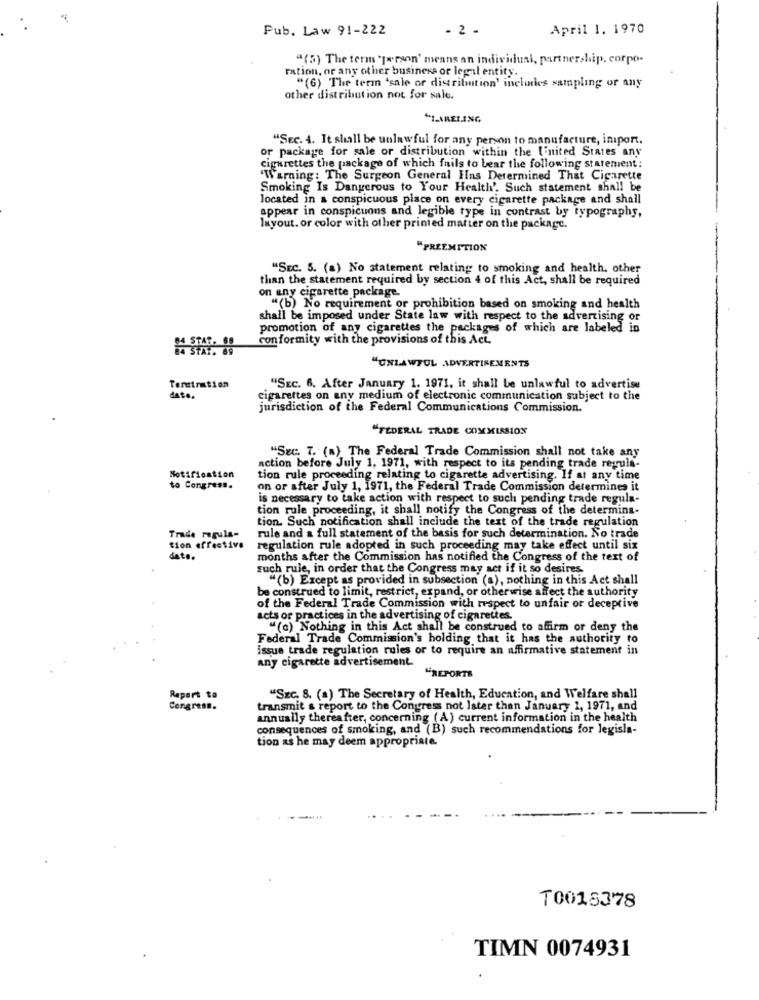
Pub. Law 91-222
- 2 -
April 1, 1970
"(5) The term person' means an individual, partnership, corpo-
ration, or any other business or legal entity.
"(6) The term "sale or distribution' includes sampling or any
other distribution not for sale.
"Sec. 4. It shall be unlawful for any person to manufacture, import.
or package for sale or distribution within the United States any
cigarettes the package of which fails to bear the following statement :
"Warning: The Surgeon General Hns Determined That Cigarette
Smoking Is Dangerous to Your Health'. Such statement shall be
located in a conspicuous place on every cigarette package and shall
appear in conspicuons and legible type in contrast by typography,
layout. or color with other printed matter on the package.
"PREEMPTION
"SEC. 5. (a) No statement relating to smoking and health. other
than the statement required by section 4 of this Act, shall be required
on any cigarette package.
"(b) No requirement or prohibition based on smoking and health
shall be imposed under State law with respect to the advertising or
promotion of any cigarettes the packages of which are labeled in
conformity with the provisions of this Act.
"UNLAWFUL ADVERTISEMENTS
Termination
"SEC. 6. After January 1. 1971, it shall be unlawful to advertise
date.
cigarettes on any medium of electronic communication subject to the
jurisdiction of the Federal Communications Commission.
"FEDERAL TRADE COMMISSION
"Sec. 7. (a) The Federal Trade Commission shall not take any
Notification
action before July 1. 1971, with respect to its pending trade regula-
tion rule proceeding relating to cigarette advertising. If at any time
to Congress.
on or after July 1, 1971, the Federal Trade Commission determines it
is necessary to take action with respect to such pending trade regula-
tion rule proceeding, it shall notify the Congress of the determina-
tion. Such notification shall include the text of the trade regulation
Trade regula-
rule and a full statement of the basis for such determination. No trade
tion effective
regulation rule adopted in such proceeding may take effect until six
dat ..
months after the Commission has notified the Congress of the text of
such rule, in order that the Congress may act if it so desires.
"(b) Except as provided in subsection (a), nothing in this Act shall
be construed to limit, restrict, expand, or otherwise affect the authority
of the Federal Trade Commission with respect to unfair or deceptive
acts or practices in the advertising of cigarettes.
"(c) Nothing in this Act shall be construed to affirm or deny the
Federal Trade Commission's holding that it has the authority to
issue trade regulation rules or to require an affirmative statement in
any cigarette advertisement.
"REPORTS
Repart to
"SEc. 8. (a) The Secretary of Health, Education, and Welfare shall
Congress.
transmit & report to the Congress not later than January 1, 1971, and
annually thereafter, concerning (A) current information in the health
consequences of smoking, and (B) such recommendations for legisla-
tion as he may deem appropriate.
T0018378
TIMN 0074931